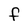
Character: F